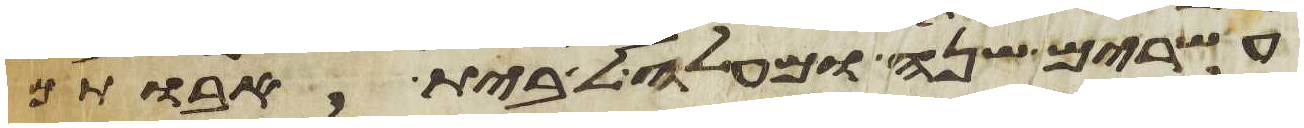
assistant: עשרים שנה ומעלה לבית אבותם